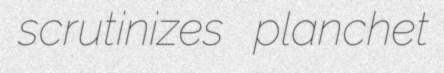
scrutinizes planchet